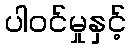
ပါဝင်မှုနှင့်